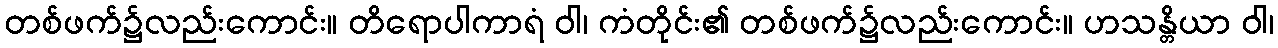
တစ်ဖက်၌လည်းကောင်း။ တိရောပါကာရံ ဝါ၊ ကံတိုင်း၏ တစ်ဖက်၌လည်းကောင်း။ ဟသန္တိယာ ဝါ၊